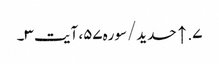
۷. ↑ حدید/سوره۵۷، آیت ۳۔